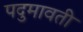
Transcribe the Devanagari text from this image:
पदुमावती